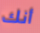
أنك